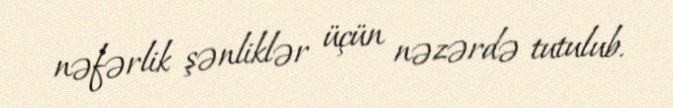
nəfərlik şənliklər üçün nəzərdə tutulub.